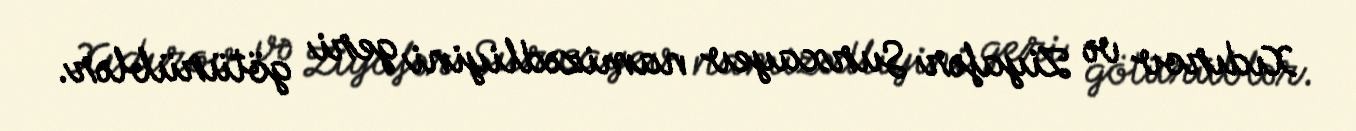
Xıdırov və Ziyafər Surxayev namizədliyini geri götürüblər.